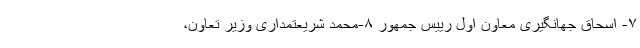
۷- اسحاق جهانگیری معاون اول رییس جمهور ۸-محمد شریعتمداری وزیر تعاون،